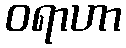
ဝရာဟာ